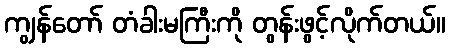
ကျွန်တော် တံခါးမကြီးကို တွန်းဖွင့်လိုက်တယ်။